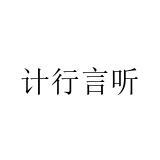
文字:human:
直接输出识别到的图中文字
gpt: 计行言听